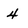
Character: 4